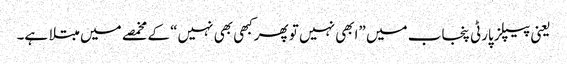
یعنی پیپلز پارٹی پنجاب میں ”ابھی نہیں تو پھرکبھی بھی نہیں“ کے مخمصے میں مبتلا ہے۔